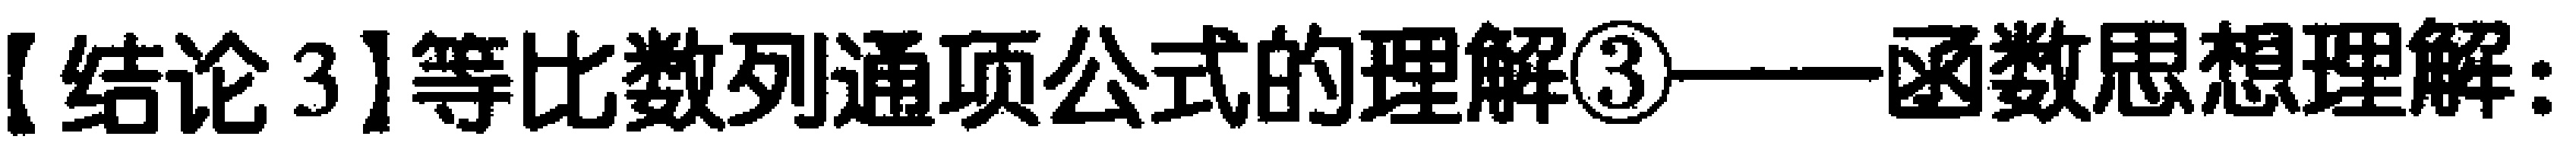
【结论3】等比数列通项公式的理解\textcircled{3}——函数思想理解：